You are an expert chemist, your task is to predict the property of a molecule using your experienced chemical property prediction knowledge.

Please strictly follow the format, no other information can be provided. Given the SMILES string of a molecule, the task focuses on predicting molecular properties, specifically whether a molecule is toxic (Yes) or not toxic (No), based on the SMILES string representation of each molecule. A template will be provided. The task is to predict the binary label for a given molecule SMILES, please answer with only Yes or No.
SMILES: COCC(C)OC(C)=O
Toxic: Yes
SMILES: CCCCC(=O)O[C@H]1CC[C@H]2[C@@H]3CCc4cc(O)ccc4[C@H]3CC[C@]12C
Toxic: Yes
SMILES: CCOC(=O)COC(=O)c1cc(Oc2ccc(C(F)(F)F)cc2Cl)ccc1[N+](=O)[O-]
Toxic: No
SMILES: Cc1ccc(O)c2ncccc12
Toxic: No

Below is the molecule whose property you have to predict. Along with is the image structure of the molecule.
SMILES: O=C1c2c(O)cccc2[C@H]([C@@H]2O[C@H](CO)[C@@H](O)[C@H](O)[C@H]2O)c2cc(CO)cc(O)c21
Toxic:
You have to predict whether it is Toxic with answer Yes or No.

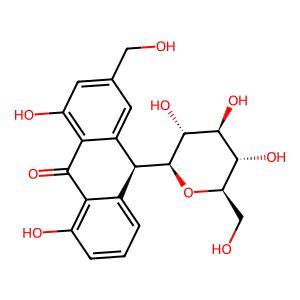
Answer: Yes